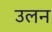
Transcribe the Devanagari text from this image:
उलन